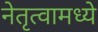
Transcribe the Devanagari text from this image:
नेतृत्वामध्ये